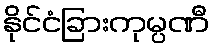
နိုင်ငံခြားကုမ္ပဏီ